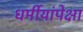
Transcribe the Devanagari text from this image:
धर्मीयांपेक्षा